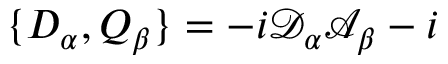
\{ D _ { \alpha } , Q _ { \beta } \} = - i \mathcal { D } _ { \alpha } \mathcal { A } _ { \beta } - i